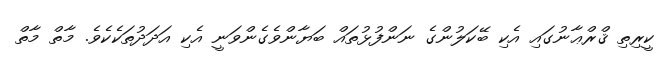
ކީރިތި ޤްރްޢާނުގައި އެކި ބޭކަލުންގެ ނަންފުޅުތައް ބަޔާންވެގެންވަނީ އެކި އަދަދުތަކެކެވެ. މާތް މާތް